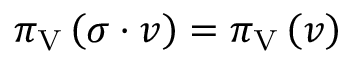
\pi _ { \mathrm { V } } \left( \sigma \cdot v \right) = \pi _ { \mathrm { V } } \left( v \right)